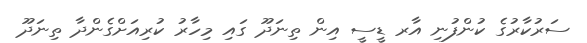
ސަރުކާރުގެ ކުންފުނި އާރ ޑީސީ އިން ތިނަދޫ ގައި މިހާރު ކުރިއަށްގެންދާ ތިނަދޫ